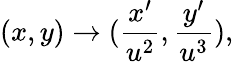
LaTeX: (x,y)\rightarrow(\frac{x^{\prime}}{u^{2}},\frac{y^{\prime}}{u^{3}}),